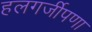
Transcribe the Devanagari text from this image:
हलगर्जीपणा